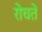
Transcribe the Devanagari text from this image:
रोचते